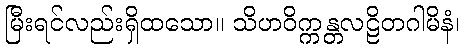
မြီးရင်လည်းရှိထသော။ သိဟဝိက္ကန္တလဠိတဂါမိနံ၊